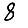
Digit: 8